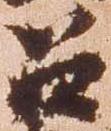
召